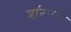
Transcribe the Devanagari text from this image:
शॅरनने